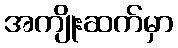
အကျိုးဆက်မှာ